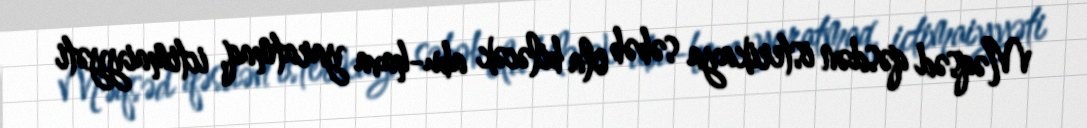
Məqsəd qəsdən isterikaya səbəb ola biləcək abu-hava yaratmaq, ictimaiyyəti